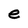
Character: e